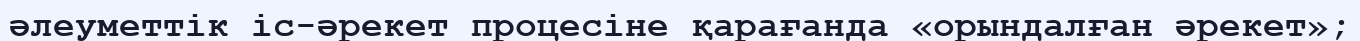
әлеуметтік іс-әрекет процесіне қарағанда «орындалған әрекет»;